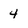
Character: 4